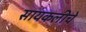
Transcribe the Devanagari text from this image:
सायकलीचे